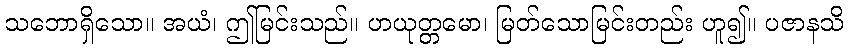
သဘောရှိသော။ အယံ၊ ဤမြင်းသည်။ ဟယုတ္တမော၊ မြတ်သောမြင်းတည်း ဟူ၍။ ပဇာနသိ